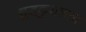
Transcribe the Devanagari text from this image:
शुद्धकुशलता